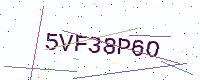
Text: 5VF38P6O